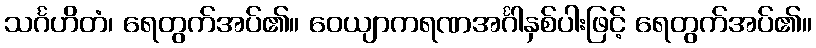
သင်္ဂဟိတံ၊ ရေတွက်အပ်၏။ ဝေယျာကရဏအင်္ဂါနှစ်ပါးဖြင့် ရေတွက်အပ်၏။